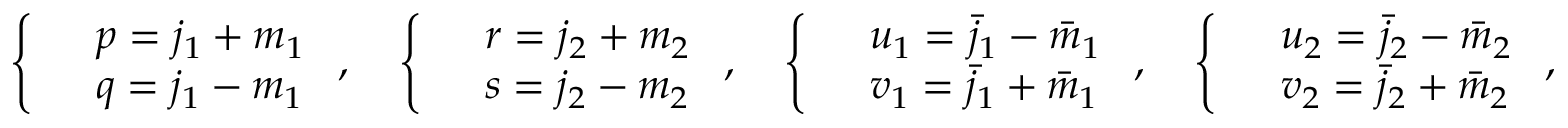
\left\{ \begin{array} { l l } & { p = j _ { 1 } + m _ { 1 } } \\ & { q = j _ { 1 } - m _ { 1 } } \end{array} \right. , \quad \left\{ \begin{array} { l l } & { r = j _ { 2 } + m _ { 2 } } \\ & { s = j _ { 2 } - m _ { 2 } } \end{array} \right. , \quad \left\{ \begin{array} { l l } & { u _ { 1 } = \bar { j } _ { 1 } - \bar { m } _ { 1 } } \\ & { v _ { 1 } = \bar { j } _ { 1 } + \bar { m } _ { 1 } } \end{array} \right. , \quad \left\{ \begin{array} { l l } & { u _ { 2 } = \bar { j } _ { 2 } - \bar { m } _ { 2 } } \\ & { v _ { 2 } = \bar { j } _ { 2 } + \bar { m } _ { 2 } } \end{array} \right. ,